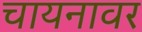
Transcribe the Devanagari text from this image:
चायनावर